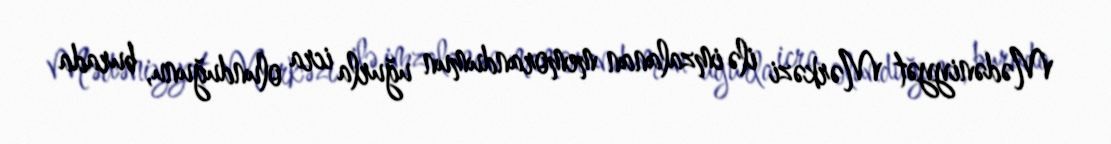
Mədəniyyət Mərkəzi ilə imzalanan memorandumun uğurla icra olunduğunu, burada